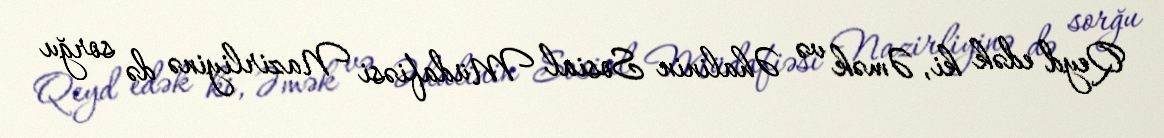
Qeyd edək ki, Əmək və Əhalinin Sosial Müdafiəsi Nazirliyinə də sorğu